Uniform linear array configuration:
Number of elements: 24
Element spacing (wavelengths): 0.5
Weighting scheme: hamming
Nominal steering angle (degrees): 0
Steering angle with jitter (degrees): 0.4852
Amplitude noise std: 0.05
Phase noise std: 0.05

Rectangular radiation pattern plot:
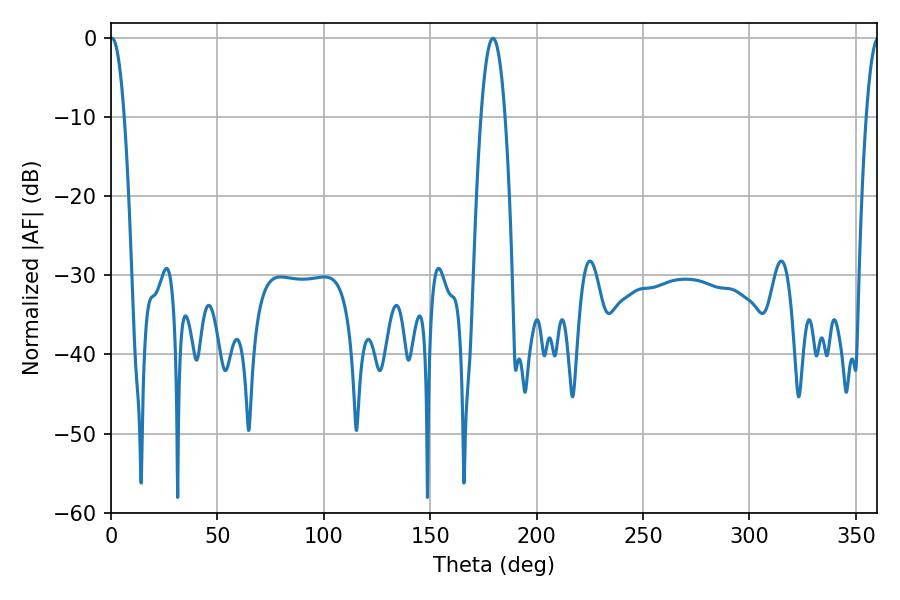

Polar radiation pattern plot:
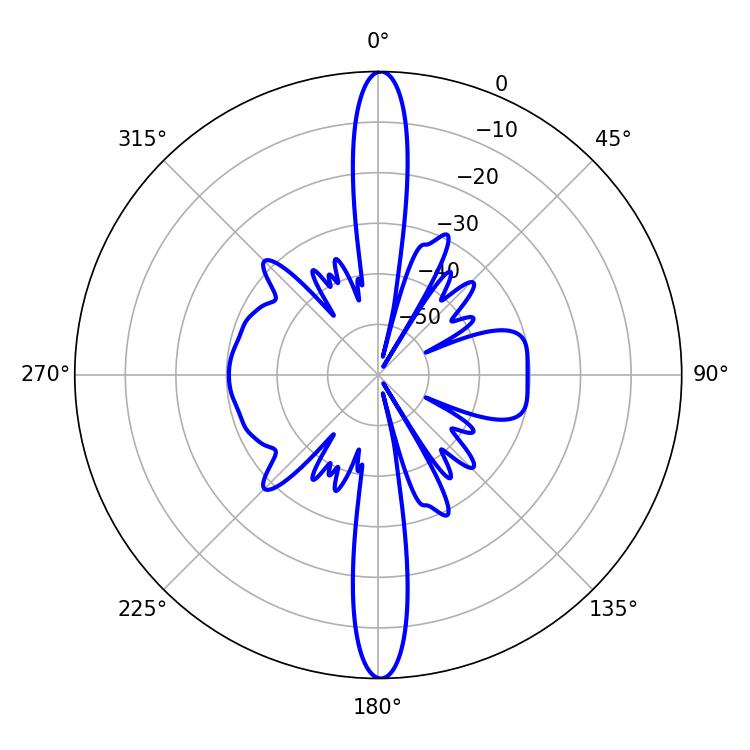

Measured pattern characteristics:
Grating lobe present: FALSE
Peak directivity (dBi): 30.306
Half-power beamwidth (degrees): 3.6
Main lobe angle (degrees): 0.54